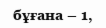
бұғана – 1,